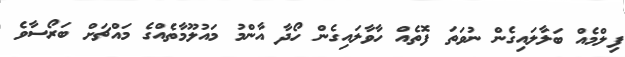
ފިލްމެއް ބަލާލައިގެން ނުވަތަ ފޮތެއް ހާވާލައިގެން ހޯދާ އާންމު މައުލޫމާތެއްގެ މައްޗަށް ބަރޯސާވެ